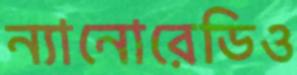
ন্যানোরেডিও